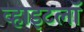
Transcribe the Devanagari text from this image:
व्हाइटलॉ